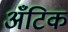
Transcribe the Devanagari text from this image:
अँटिक